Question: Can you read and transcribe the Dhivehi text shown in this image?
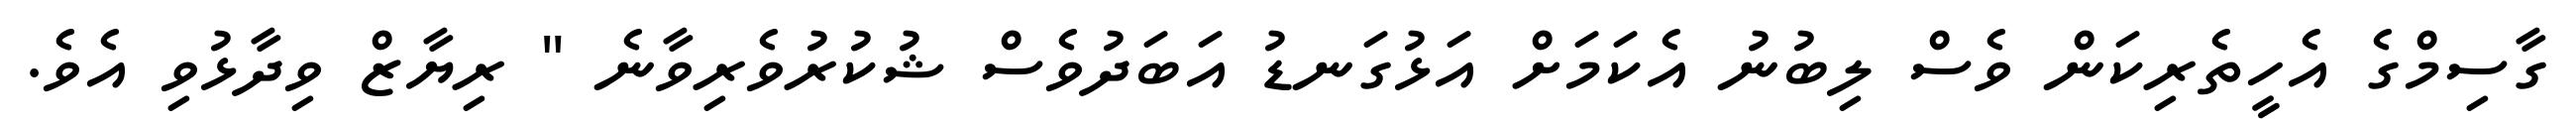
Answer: ގާސިމްގެ އެހީތެރިކަން ވެސް ލިބުނު އެކަމަށް އަޅުގަނޑު އަބަދުވެސް ޝުކުރުވެރިވާނެ " ރިޔާޒް ވިދާޅުވި އެވެ.